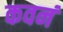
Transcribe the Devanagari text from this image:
कवनं